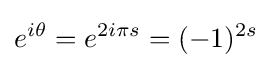
e^{i\theta }=e^{2i\pi s}=(-1)^{2s}